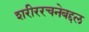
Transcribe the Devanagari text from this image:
शरीररचनेबद्दल